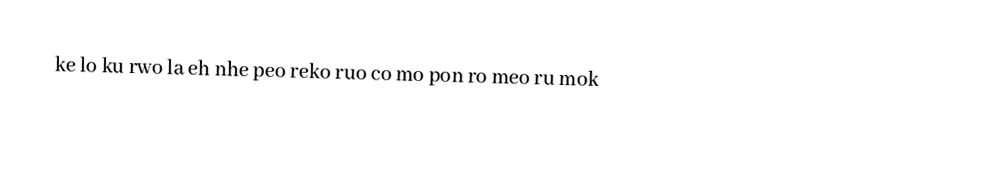
ke lo ku rwo la eh nhe peo reko ruo co mo pon ro meo ru mok